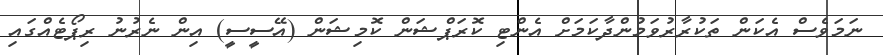
ނަމަވެސް އެކަން ތަކުރާރުވަމުންދާކަމަށް އެންޓި ކޮރަޕްޝަން ކޮމިޝަން (އޭސީސީ) އިން ނެރުނު ރިޕޯޓެއްގައި